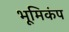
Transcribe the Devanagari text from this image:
भूमिकंप